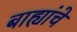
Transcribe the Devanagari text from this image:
बाह्यांचे